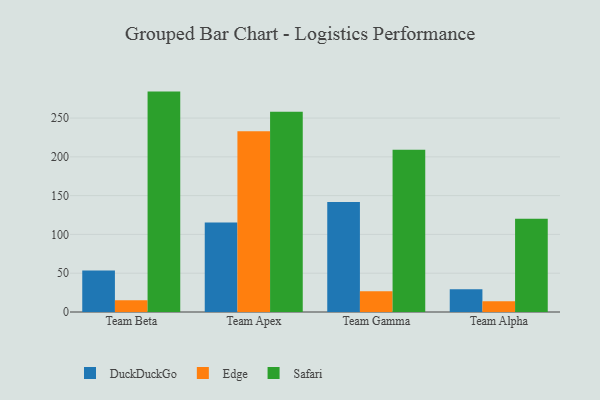
{"axis": {"x": "Team", "y": "LTV (USD)"}, "legend": ["DuckDuckGo", "Edge", "Safari"], "data": [{"x": "Team Beta", "y": 53.6, "type": "DuckDuckGo"}, {"x": "Team Beta", "y": 15.2, "type": "Edge"}, {"x": "Team Beta", "y": 284.1, "type": "Safari"}, {"x": "Team Apex", "y": 115.3, "type": "DuckDuckGo"}, {"x": "Team Apex", "y": 233.1, "type": "Edge"}, {"x": "Team Apex", "y": 258.2, "type": "Safari"}, {"x": "Team Gamma", "y": 141.9, "type": "DuckDuckGo"}, {"x": "Team Gamma", "y": 26.8, "type": "Edge"}, {"x": "Team Gamma", "y": 209.2, "type": "Safari"}, {"x": "Team Alpha", "y": 29.3, "type": "DuckDuckGo"}, {"x": "Team Alpha", "y": 13.9, "type": "Edge"}, {"x": "Team Alpha", "y": 120.2, "type": "Safari"}]}